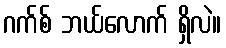
ဂက်စ် ဘယ်လောက် ရှိလဲ။